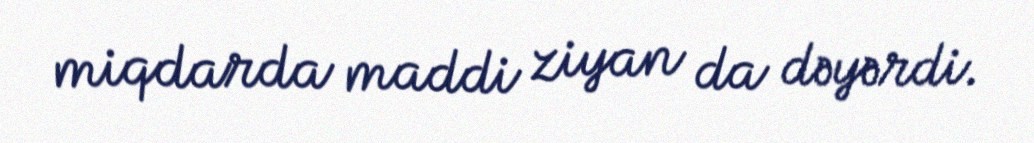
miqdarda maddi ziyan da dəyərdi.